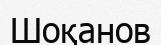
Шоқанов